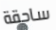
ساحقة